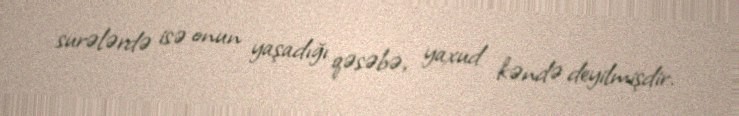
surələrdə isə onun yaşadığı qəsəbə, yaxud kəndə deyilmişdir.